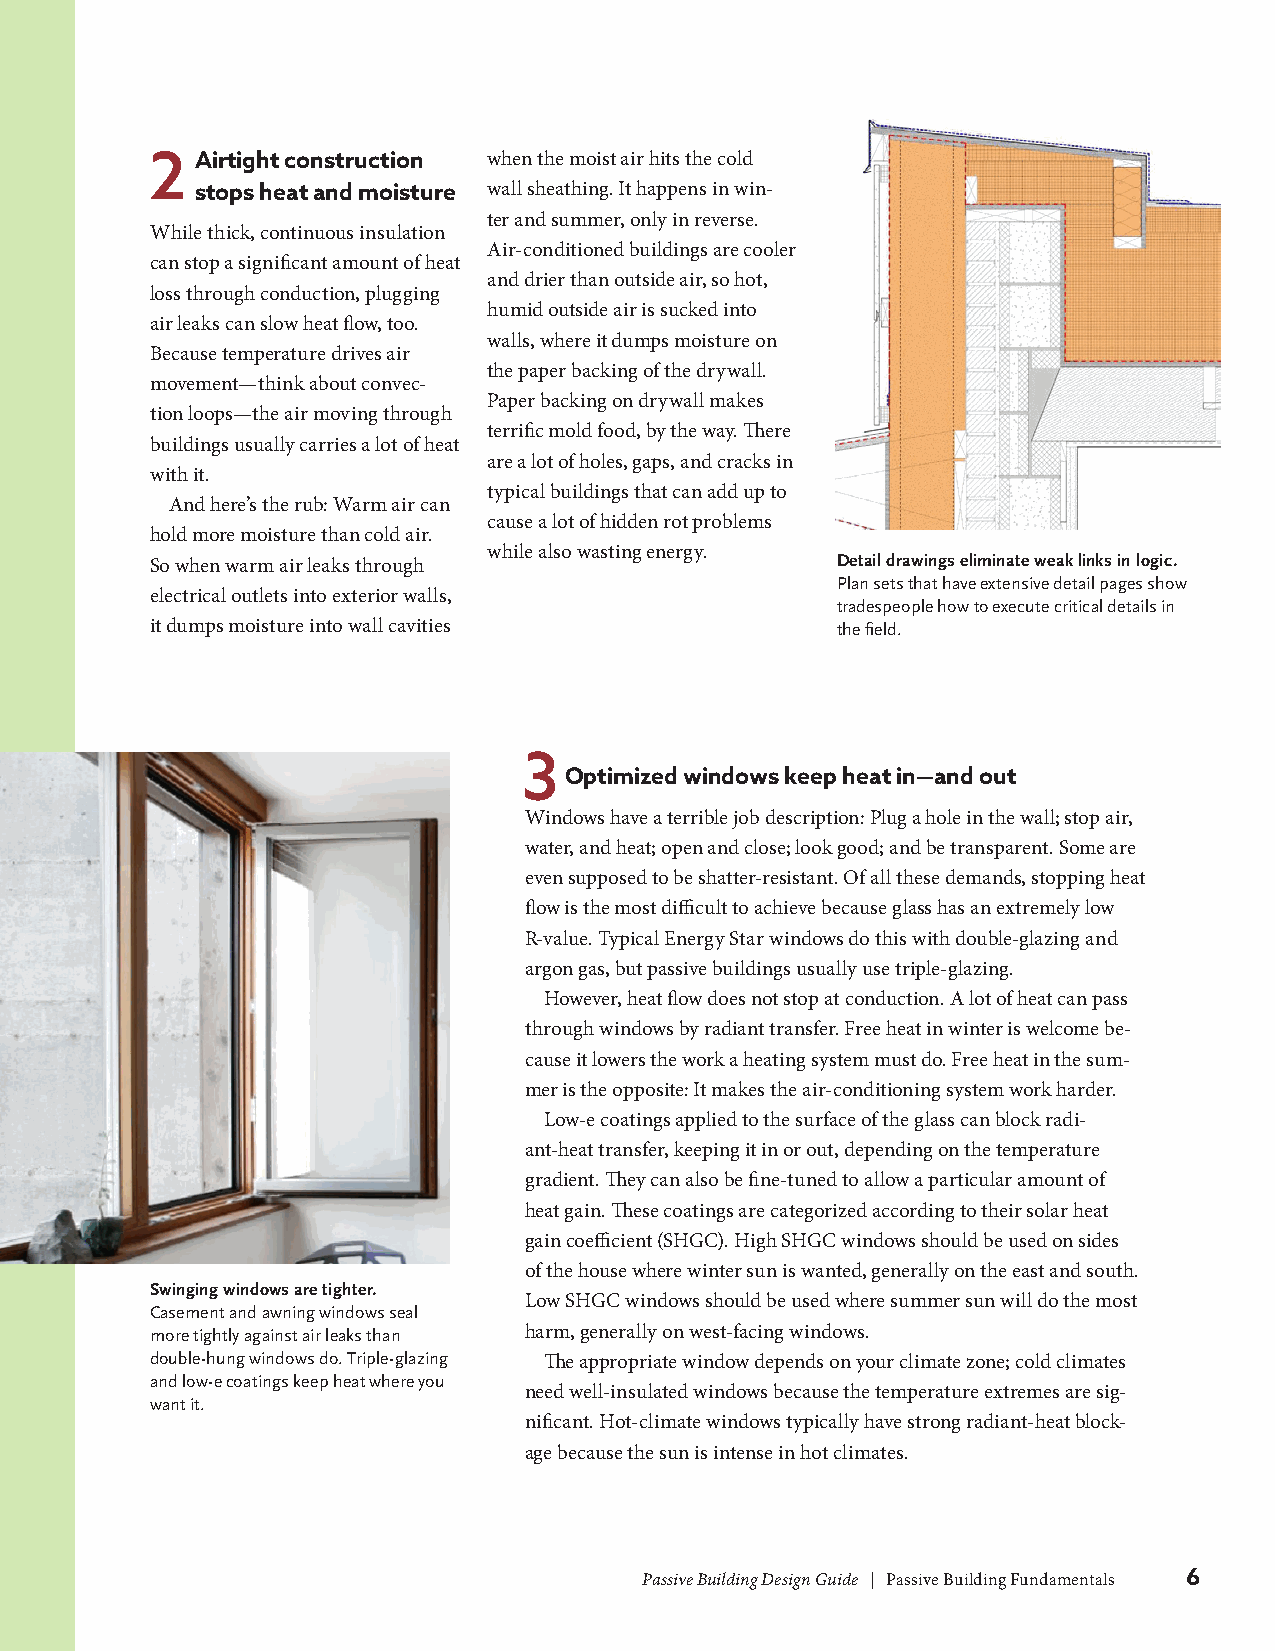
2  Airtight construction when the moist air hits the cold
 stops heat and moisture wall sheathing. It happens in win-
 ter and summer, only in reverse.
 While thick, continuous insulation
 Air-conditioned buildings are cooler
 can stop a significant amount of heat
 and drier than outside air, so hot,
 loss through conduction, plugging
 humid outside air is sucked into
 air leaks can slow heat flow, too.
 walls, where it dumps moisture on
 Because temperature drives air
 the paper backing of the drywall.
 movement—think about convec-
 Paper backing on drywall makes
 tion loops—the air moving through
 terrific mold food, by the way. There
 buildings usually carries a lot of heat
 are a lot of holes, gaps, and cracks in
 with it.
 typical buildings that can add up to
 And here’s the rub: Warm air can
 cause a lot of hidden rot problems
 hold more moisture than cold air.
 while also wasting energy.
 So when warm air leaks through               Detail drawings eliminate weak links in logic.
 Plan sets that have extensive detail pages show
 electrical outlets into exterior walls,
 tradespeople how to execute critical details in
 it dumps moisture into wall cavities         the field.
 3
 Optimized windows keep heat in—and out
 Windows have a terrible job description: Plug a hole in the wall; stop air,
 water, and heat; open and close; look good; and be transparent. Some are
 even supposed to be shatter-resistant. Of all these demands, stopping heat
 flow is the most difficult to achieve because glass has an extremely low
 R-value. Typical Energy Star windows do this with double-glazing and
 argon gas, but passive buildings usually use triple-glazing.
 However, heat flow does not stop at conduction. A lot of heat can pass
 through windows by radiant transfer. Free heat in winter is welcome be-
 cause it lowers the work a heating system must do. Free heat in the sum-
 mer is the opposite: It makes the air-conditioning system work harder.
 Low-e coatings applied to the surface of the glass can block radi-
 ant-heat transfer, keeping it in or out, depending on the temperature
 gradient. They can also be fine-tuned to allow a particular amount of
 heat gain. These coatings are categorized according to their solar heat
 gain coefficient (SHGC). High SHGC windows should be used on sides
 of the house where winter sun is wanted, generally on the east and south.
 Swinging windows are tighter.
 Low SHGC windows should be used where summer sun will do the most
 Casement and awning windows seal
 more tightly against air leaks than harm, generally on west-facing windows.
 double-hung windows do. Triple-glazing The appropriate window depends on your climate zone; cold climates
 and low-e coatings keep heat where you
 need well-insulated windows because the temperature extremes are sig-
 want it.
 nificant. Hot-climate windows typically have strong radiant-heat block-
 age because the sun is intense in hot climates.
 Passive Building Design Guide | Passive Building Fundamentals 6